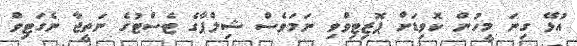
އުޅޭ ގިނަ މީހުން ކޮވިޑަށް ޕޮޒިޓިވްވި ނަމަވެސް ޝިލްޕާގެ ޓެސްޓުގެ ނަތީޖާ ނެގަޓިވް